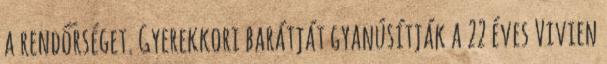
a rendőrséget. Gyerekkori barátját gyanúsítják a 22 éves Vivien